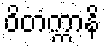
ဝိတက္ကာနိ